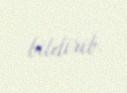
bildirib.